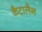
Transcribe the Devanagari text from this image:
कैटालैन